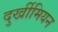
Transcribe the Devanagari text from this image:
दुर्खीमियन